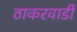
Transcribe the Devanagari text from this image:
ठाकरवाडी